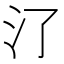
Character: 𣱾